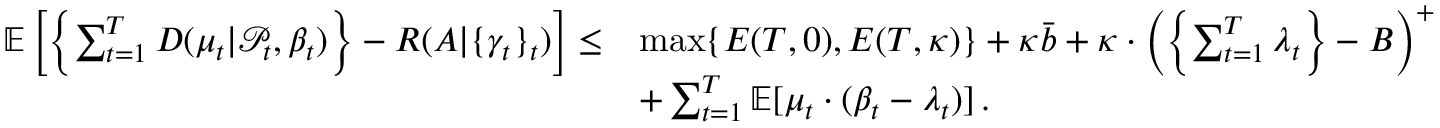
\begin{array} { r l } { \mathbb { E } \left[ \left\{ \sum _ { t = 1 } ^ { T } D ( \mu _ { t } | \mathcal { P } _ { t } , \beta _ { t } ) \right\} - R ( A | \{ \gamma _ { t } \} _ { t } ) \right] \leq } & { \operatorname* { m a x } \{ E ( T , 0 ) , E ( T , \kappa ) \} + \kappa \bar { b } + \kappa \cdot \left( \left\{ \sum _ { t = 1 } ^ { T } \lambda _ { t } \right\} - B \right) ^ { + } } \\ & { + \sum _ { t = 1 } ^ { T } \mathbb { E } [ \mu _ { t } \cdot ( \beta _ { t } - \lambda _ { t } ) ] \, . } \end{array}